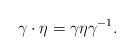
LaTeX: \begin{align*}\gamma \cdot \eta = \gamma \eta \gamma^{-1}.\end{align*}